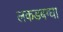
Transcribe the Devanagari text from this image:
लकडबग्घा